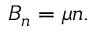
B _ { n } = \mu n .